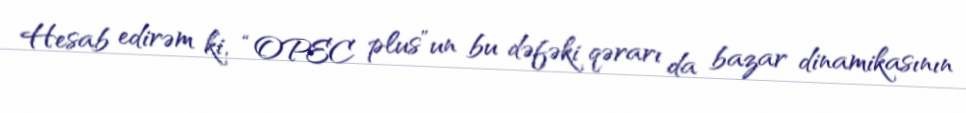
Hesab edirəm ki, “OPEC plus”un bu dəfəki qərarı da bazar dinamikasının